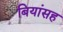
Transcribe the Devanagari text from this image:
बियांसह